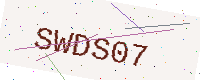
Text: SWDS07